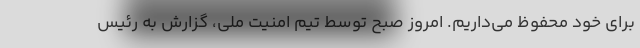
برای خود محفوظ می‌داریم. امروز صبح توسط تیم امنیت ملی، گزارش به رئیس